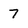
Character: 7